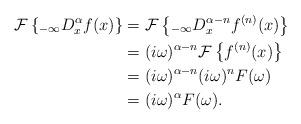
LaTeX: \begin{align*}\mathcal{F}\left\{ _{-\infty}D_{x}^{\alpha}f(x)\right\} & =\mathcal{F}\left\{ _{-\infty}D_{x}^{\alpha-n}f^{(n)}(x)\right\} \\& =(i\omega)^{\alpha-n}\mathcal{F}\left\{ f^{(n)}(x)\right\} \\& =(i\omega)^{\alpha-n}(i\omega)^{n}F(\omega)\\& =(i\omega)^{\alpha}F(\omega).\end{align*}